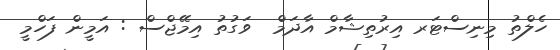
ހެލްތު މިނިސްޓަރ އިރުތިޝާމް އާދަމް  ވަގުތު އިމޭޖްސް : އަމީން ފަހްމީ